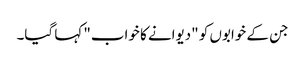
جن کے خوابوں کو "دیوانے کا خواب" کہا گیا۔